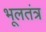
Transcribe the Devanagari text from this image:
भूलतंत्र